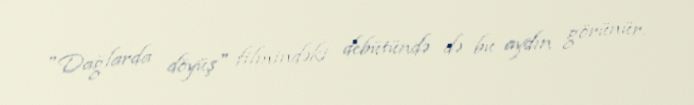
"Dağlarda döyüş" filmindəki debütündə də bu aydın görünür.